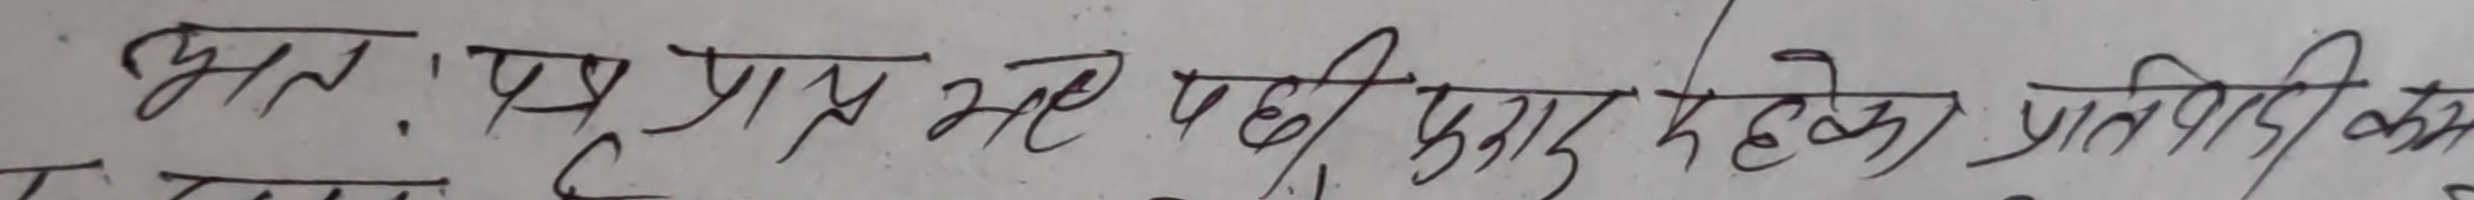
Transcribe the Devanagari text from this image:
भत. प्रश्न प्राप्त भए पछी पूराइ सके। प्रतिवादी कम